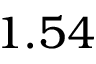
1 . 5 4